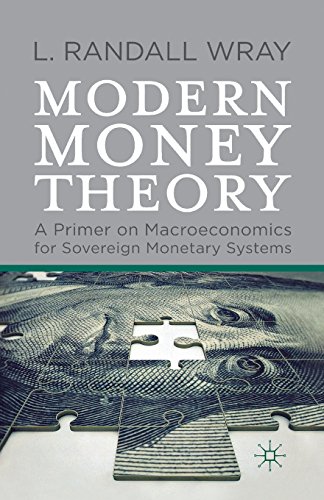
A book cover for Modern Money Theory: A Primer on Macroeconomics for Sovereign Monetary Systems; L. Randall Wray; Business & Money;